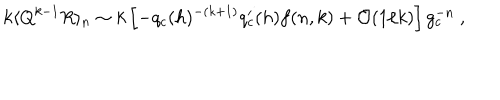
LaTeX: k \langle Q ^ { k - 1 } R \rangle _ { n } \sim k \left[ - q _ { c } ( h ) ^ { - ( k + 1 ) } q _ { c } ^ { \prime } ( h ) f ( n , k ) + { \cal O } ( { 1 / k } ) \right] g _ { c } ^ { - n } \ ,